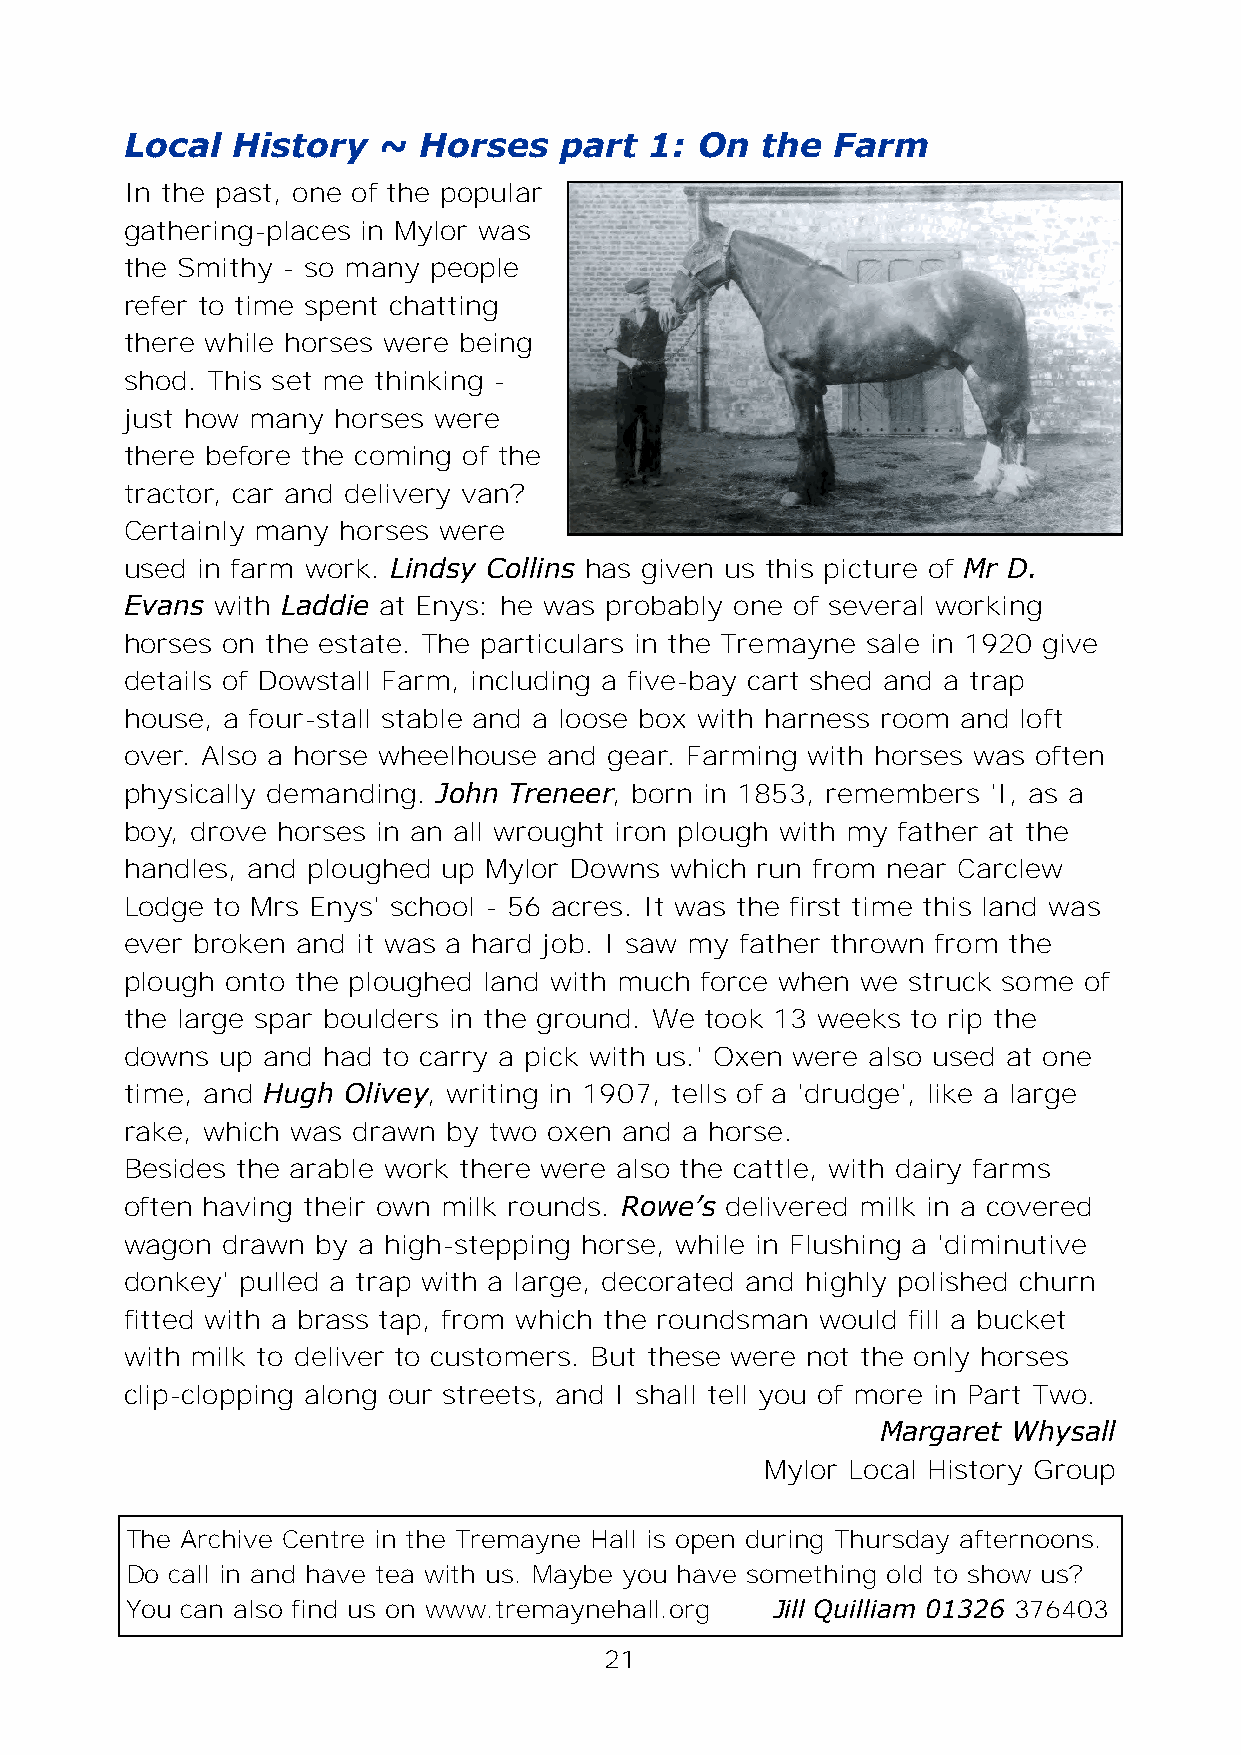
Local  History   ~  Horses   part  1: On  the  Farm
 In the past, one of the popular
 gathering-places in Mylor was
 the Smithy - so many people
 refer to time spent chatting
 there while horses were being
 shod. This set me thinking -
 just how many horses were
 there before the coming of the
 tractor, car and delivery van?
 Certainly many horses were
 used in farm work. Lindsy Collins has given us this picture of Mr D.
 Evans with Laddie at Enys: he was probably one of several working
 horses on the estate. The particulars in the Tremayne sale in 1920 give
 details of Dowstall Farm, including a five-bay cart shed and a trap
 house, a four-stall stable and a loose box with harness room and loft
 over. Also a horse wheelhouse and gear. Farming with horses was often
 physically demanding. John Treneer, born in 1853, remembers 'I, as a
 boy, drove horses in an all wrought iron plough with my father at the
 handles, and ploughed up Mylor Downs which run from near Carclew
 Lodge to Mrs Enys' school - 56 acres. It was the first time this land was
 ever broken and it was a hard job. I saw my father thrown from the
 plough onto the ploughed land with much force when we struck some of
 the large spar boulders in the ground. We took 13 weeks to rip the
 downs  up and had to carry a pick with us.' Oxen were also used at one
 time, and Hugh Olivey, writing in 1907, tells of a 'drudge', like a large
 rake, which was drawn by two oxen and a horse.
 Besides the arable work there were also the cattle, with dairy farms
 often having their own milk rounds. Rowe’s delivered milk in a covered
 wagon  drawn by a high-stepping horse, while in Flushing a 'diminutive
 donkey' pulled a trap with a large, decorated and highly polished churn
 fitted with a brass tap, from which the roundsman would fill a bucket
 with milk to deliver to customers. But these were not the only horses
 clip-clopping along our streets, and I shall tell you of more in Part Two.
 Margaret Whysall
 Mylor Local History Group
 The Archive Centre in the Tremayne Hall is open during Thursday afternoons.
 Do call in and have tea with us. Maybe you have something old to show us?
 You can also find us on www.tremaynehall.org Jill Quilliam 01326 376403
 21